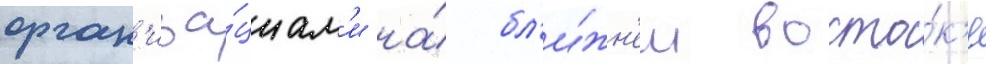
орган'иза́циам'и на́ бл'и́жн'ем восто́к'е